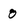
Character: 0